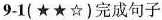
9-1( ★★☆)完成句子